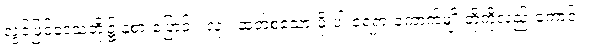
လွင်ပြင်ဒေသတို့၌ နှံစားပြောင်း၊ လူး၊ ဆတ်စသော မိုးပါးရေရှားကောက်မျိုးတို့ကိုလည်းကောင်း၊